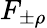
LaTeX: F_{\pm\rho}